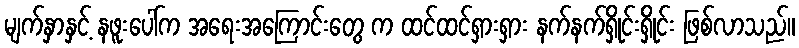
မျက်နှာနှင့် နဖူးပေါ်က အရေးအကြောင်းတွေ က ထင်ထင်ရှားရှား နက်နက်ရှိုင်းရှိုင်း ဖြစ်လာသည်။